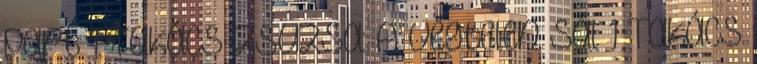
part 1 Takács Zsuzsa: A végtelen sál 1 Takács